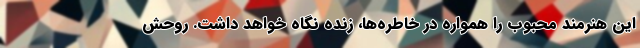
اين هنرمند محبوب را همواره در خاطره‌ها، زنده نگاه خواهد داشت. روحش